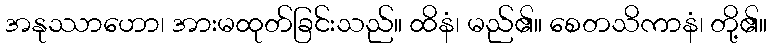
အနုဿာဟော၊ အားမထုတ်ခြင်းသည်။ ထိနံ၊ မည်၏။ စေတသိကာနံ၊ တို့၏။